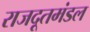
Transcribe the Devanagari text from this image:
राजदूतमंडल